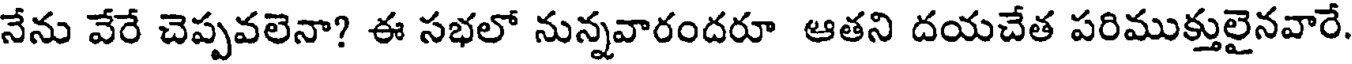
నేను వేరే చెప్పవలెనా? ఈ సభలో నున్నవారందరూ ఆతని దయచేత పరిముక్తులైనవారే.